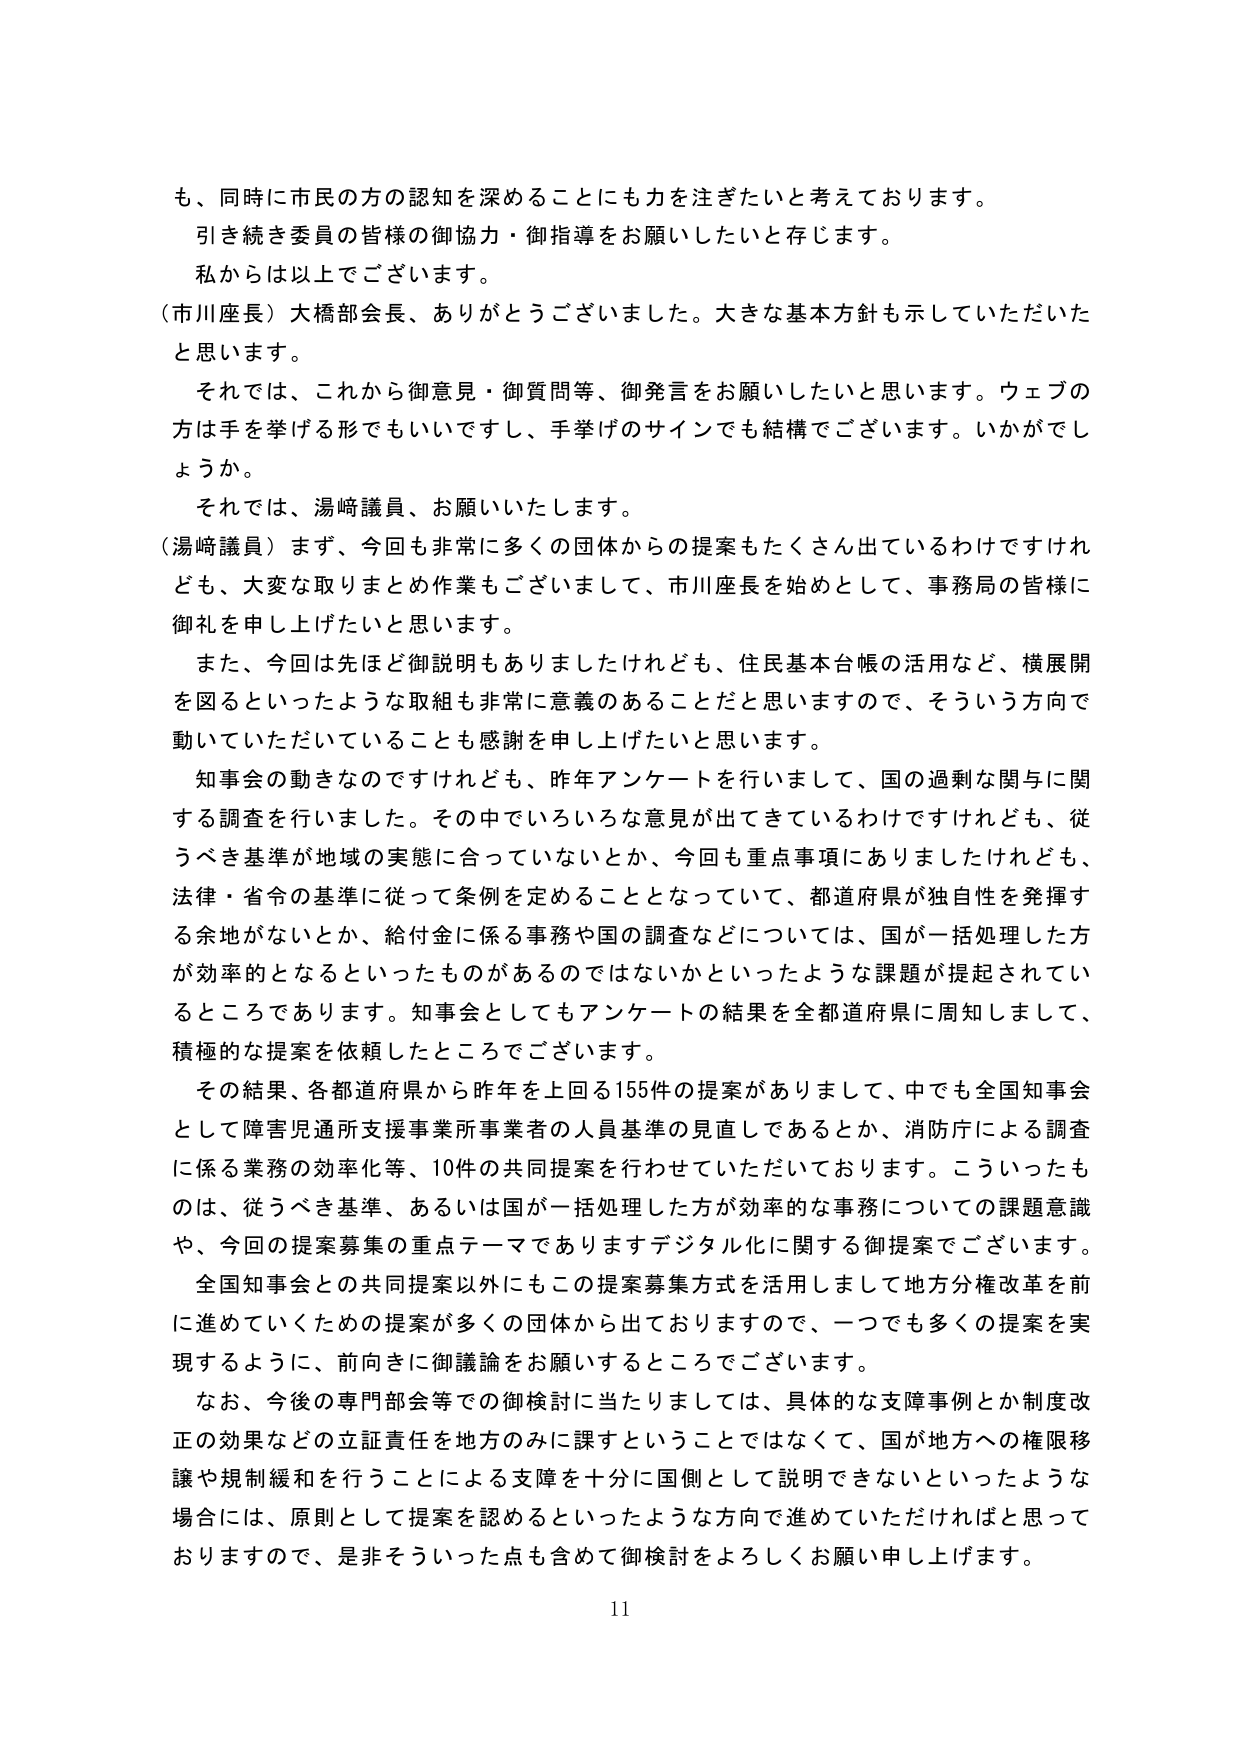
も、同時に市民の方の認知を深めることにも力を注ぎたいと考えております。
引き続き委員の皆様の御協力・御指導をお願いしたいと存じます。
私からは以上でございます。
（市川座長）大橋部会長、ありがとうございました。大きな基本方針も示していただいたと思います。
それでは、これから御意見・御質問等、御発言をお願いしたいと思います。ウェブの方は手を挙げる形でもいいですし、手挙げのサインでも結構でございます。いかがでしょうか。
それでは、湯崎議員、お願いいたします。
（湯崎議員）まず、今回も非常に多くの団体からの提案もたくさん出ているわけですが、どれも、大変な取りまとめ作業もございまして、市川座長を始めとして、事務局の皆様に御礼を申し上げたいと思います。
また、今回は先ほど御説明もありましたけれども、住民基本台帳の活用など、横展開を図るといったような取組も非常に意義のあることだと思いますので、そういう方向で動いていただいていることも感謝を申し上げたいと思います。
知事会の動きなのですが、昨年アンケートを行いまして、国の過剰な関与に関する調査を行いました。その中でいろいろな意見が出てきているわけですが、従うべき基準が地域の実態に合っていないとか、今回も重点事項にありましたけれども、法律・省令の基準に従って条例を定めることとなっていて、都道府県が独自性を発揮する余地がないとか、給付金に係る事務や国の調査などについては、国が一括処理した方が効率的となるといったものがあるのではないかといったような課題が提起されているところであります。知事会としてもアンケートの結果を全都道府県に周知しまして、積極的な提案を依頼したところでございます。
その結果、各都道府県から昨年を上回る155件の提案がありまして、中でも全国知事会として障害児通所支援事業所事業者の人員基準の見直しであるとか、消防庁による調査に係る業務の効率化等、10件の共同提案を行わせていただいております。こういったものは、従うべき基準、あるいは国が一括処理した方が効率的な事務についての課題意識や、今回の提案募集の重点テーマでありますデジタル化に関する御提案でございます。
全国知事会との共同提案以外にもこの提案募集方式を活用しまして地方分権改革を前に進めていくための提案が多くの団体から出ておりますので、一つでも多くの提案を実現するように、前向きに御議論をお願いするところでございます。
なお、今後の専門部会等での御検討に当たりましては、具体的な支障事例とか制度改正の効果などの立証責任を地方のみに課すということではなくて、国が地方への権限移譲や規制緩和を行うことによる支障を十分に国側として説明できないといったような場合には、原則として提案を認めるといったような方向で進めていただければと思っておりますので、是非そういった点も含めて御検討をよろしくお願い申し上げます。
11